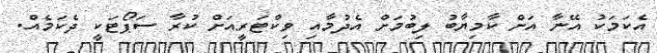
އެކަމަކު އޭނާ އަށް ކާމިޔާބު ލިބުމަށް އެދުމާއި ވިކްޓަރީއަށް ކުރާ ސަޕޯޓަކީ ދެކަމެއް.